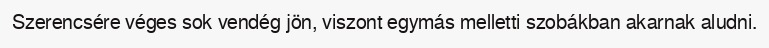
Szerencsére véges sok vendég jön, viszont egymás melletti szobákban akarnak aludni.